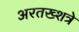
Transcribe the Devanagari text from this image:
अरतख्शत्रे